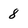
Character: 8